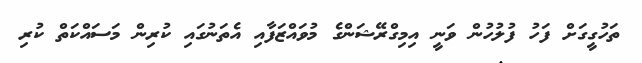
ތަހުގީގަށް ފަހު ފުލުހުން ވަނީ އިމިގްރޭޝަންގެ މުވައްޒަފާއި އެތަނުގައި ކުރިން މަސައްކަތް ކުރި